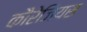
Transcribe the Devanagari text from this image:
कौरेजियस